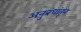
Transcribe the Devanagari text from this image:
अनुबंधांतून